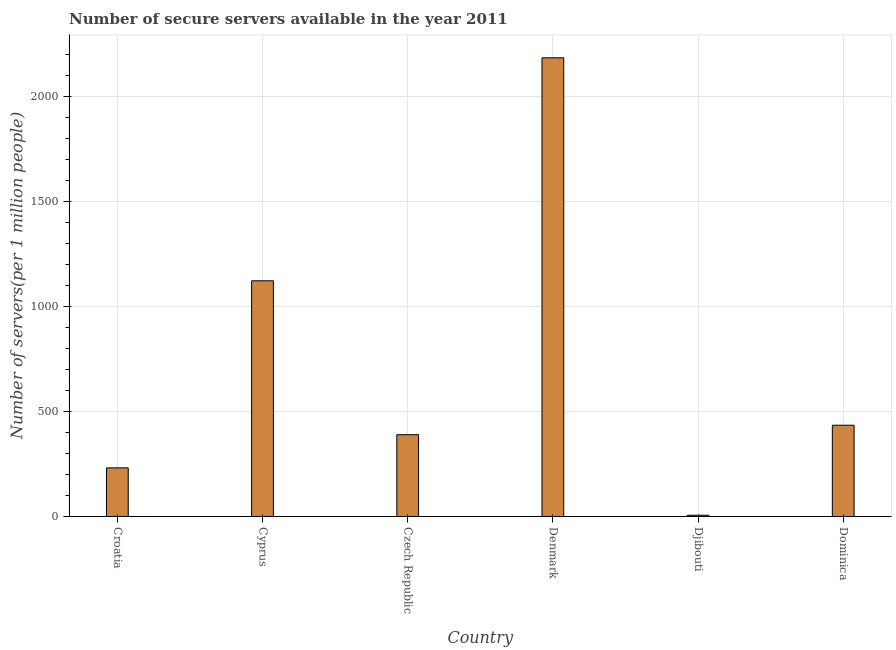
| Country | Secure Internet servers |
 | --- | --- |
 | Croatia | 231 |
 | Cyprus | 1.12e+03 |
 | Czech Republic | 389 |
 | Denmark | 2.18e+03 |
 | Djibouti | 5.94 |
 | Dominica | 434 |